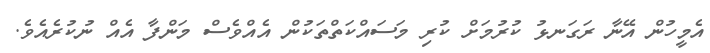
އެމީހުން އޭނާ ރަގަނޅު ކުރުމަށް ކުރި މަސައްކަތްތަކުން އެއްވެސް މަންފާ އެއް ނުކުރެއެވެ.